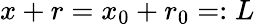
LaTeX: x+r=x_{0}+r_{0}=:L